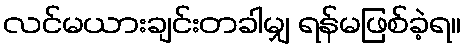
လင်မယားချင်းတခါမျှ ရန်မဖြစ်ခဲ့ရ။